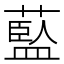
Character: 𦾐